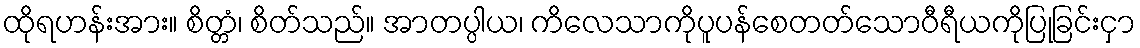
ထိုရဟန်းအား။ စိတ္တံ၊ စိတ်သည်။ အာတပ္ပါယ၊ ကိလေသာကိုပူပန်စေတတ်သောဝီရီယကိုပြုခြင်းငှာ